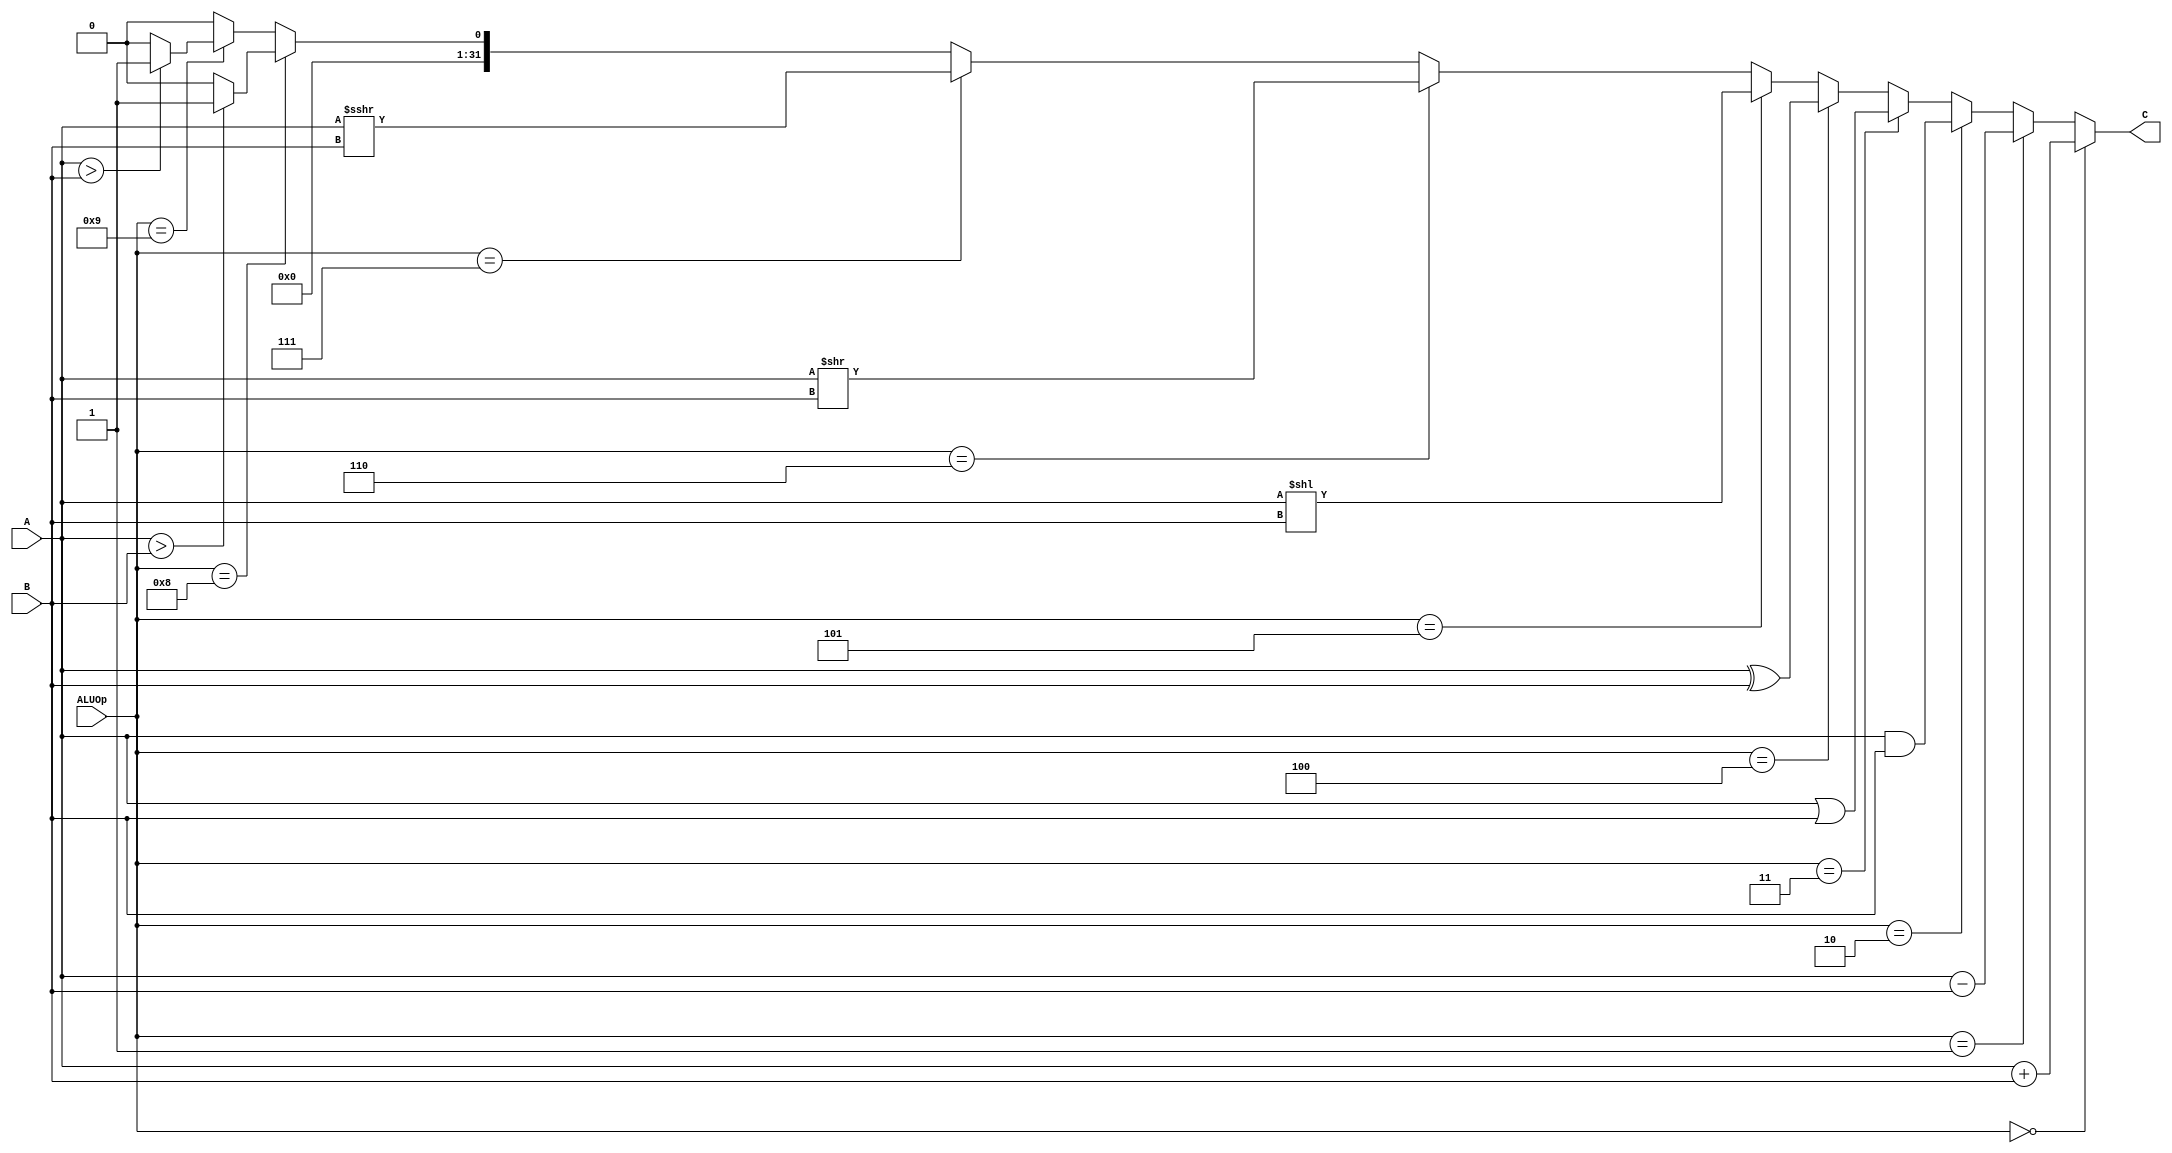
`timescale 1ns / 1ps
//////////////////////////////////////////////////////////////////////////////////
// Company: 
// Engineer: 
// 
// Design Name: 
// Module Name:    alu1 
// Project Name: 
// Target Devices: 
// Tool versions: 
// Description: 
//
// Dependencies: 
//
// Revision: 
// Revision 0.01 - File Created
// Additional Comments: 
//
//////////////////////////////////////////////////////////////////////////////////
module alu1(
    input [31:0] A,
    input [31:0] B,
    input [3:0] ALUOp,
    output [31:0] C
    );
		assign C = (ALUOp==0)?(A+B):
					  (ALUOp==1)?(A-B):
					  (ALUOp==2)?(A&B):
					  (ALUOp==3)?(A|B):
					  (ALUOp==4)?(A^B):
					  (ALUOp==5)?($signed($signed(A)<<B)):
					  (ALUOp==6)?($signed($signed(A)>>B)):
					  (ALUOp==7)?($signed($signed(A)>>>B)):
					  (ALUOp==8)?((A>B)?1:0):
					  (ALUOp==9)?(($signed(A)>$signed(B))?1:0):000;
endmodule